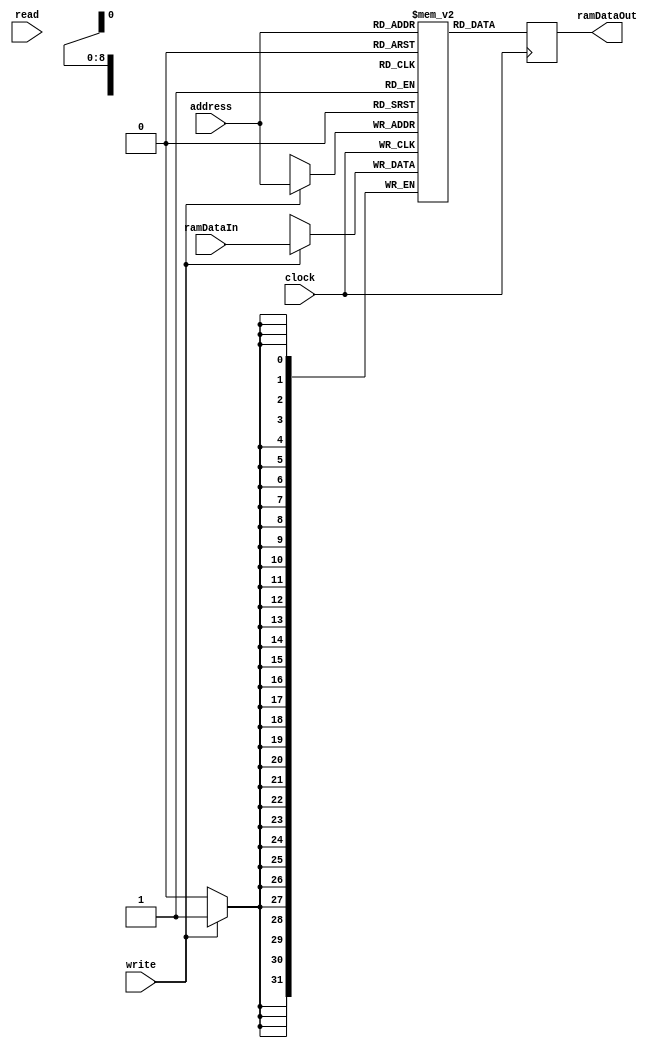
module RAM (input read, write, clock, input [8:0] address, input [31:0] ramDataIn, output reg [31:0] ramDataOut);
    reg [31:0] memory [0:511];
	 
	 initial begin
		memory[0] <= 32'h01800095;
		memory[149] <= 32'h000000FF;
		memory[135] <= 32'h10800087;
		memory[83] <= 32'h69A00053;
		memory[20] <= 32'h9A980014;
		
	 end

    always @ (posedge clock) begin //some places online write on posedge clock, and also have a reset, used generic for now
        if (write == 1) begin
            memory[address] <= ramDataIn;
			end

         ramDataOut <= memory[address];
			$display (memory[address]);
			$display (address);

    end
endmodule